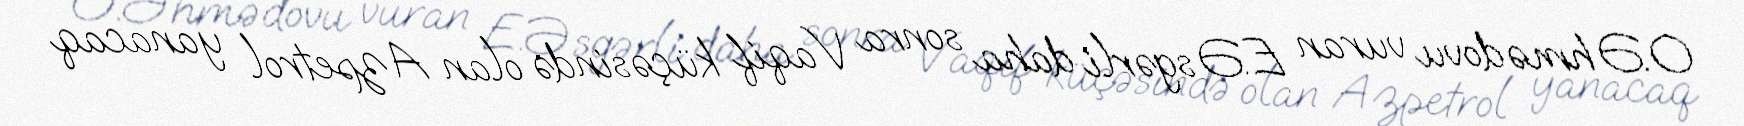
O.Əhmədovu vuran E.Əsgərli daha sonra Vaqif küçəsində olan Azpetrol yanacaq